Lunatic asylums Central Provinces reports 1910-1926 - 1910-1926
Year: 1910
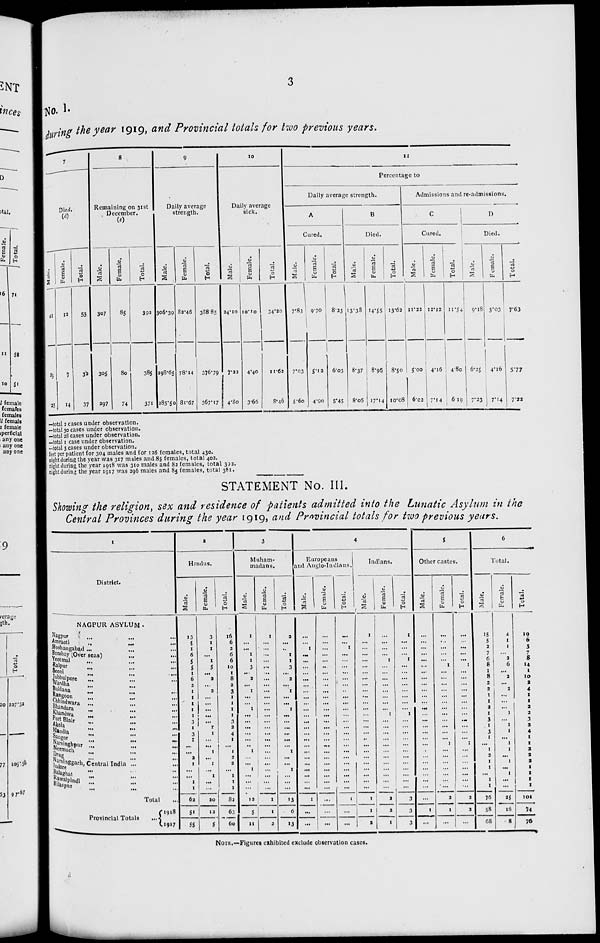
3
No. I.
during the year 1919, and Provincial totals for two previous years.
7
Died.
(d)
Male.
41
25
25
Female.
12
7
14
Total.
53
32
37
8
Remaining on 31st
December.
(e)
Male.
307
305
297
Female.
85
80
74
Total.
392
385
371
9
Daily average
strength.
Male.
306.39
298.65
285.50
Female.
82.46
78.14
81.67
Total.
388.85
376.79
367.17
10
Daily average
sick.
Male.
24.10
7.22
4.80
Female.
10.10
4.40
3.66
Total.
34.20
11.62
8.46
11
Percentage to
Daily average strength.
A
Cured.
Male.
7.83
7.03
5.60
Female.
9.70
5.12
4.90
Total.
8.23
6.03
5.45
B
Died.
Male.
13.38
8.37
8.06
Female.
14.55
8.96
17.14
Total.
13.62
8.50
10.08
Admissions and re-admissions.
C
Cured.
Male.
11.22
5.00
6.02
Female.
12.12
4.16
7.14
Total.
11.54
4.80
6.19
D
Died.
Male.
9.18
6.25
7.23
Female.
3.03
4.16
7.14
Total.
7.63
5.77
7.22
—total 2 cases under observation.
—total 30 cases under observation.
—total 28 cases under observation.
—total 1 case under observation.
—total 3 cases under observation.
feet per patient for 304 males and for 126 females, total 430.
night during the year was 317 males and 85 females, total 402.
night during the year 1918 was 310 males and 82 females, total 392.
night during the year 1917 was 296 males and 85 females, total 381.
STATEMENT No. III.
Showing the religion, sex and residence of patients admitted into the Lunatic Asylum in the
Central Provinces during the year 1919, and Provincial totals for two previous years.
1
District.
NAGPUR ASYLUM .
Nagpur ... ... ...
Amraoti ... ... ...
Hoshangabad ... ... ...
Bombay (Over seas) ... ...
Yeotmal ... ... ...
Raipur ... ... ...
Seoni ... ... ...
Jubbulpore ... ... ...
Wardha ... ... ...
Buldana ... ... ...
Rangoon ... ... ...
Chhindwara ... ... ...
Bhandara ... ... ...
Khandwa ... ... ...
Port Blair ... ... ...
Akola ... ... ...
Mandla ... ... ...
Sauger ... ... ...
Narsinghpur ... ... ...
Neemuch ... ... ...
Drug ... ... ...
Narsinggarh, Central India ... ...
Indore ... ... ...
Balaghat ... ... ...
Rawalpindi
... ... ...
Bilaspur ... ... ...
Total ...
Provincial Totals
...
1918
1917
2
Hindus.
Male.
13
5
1
6
5
5
1
6
2
1
1
1
1
1
3
1
3
1
...
...
2
1
...
...
1
1
62
51
55
Female.
3
1
1
...
1
5
...
2
...
2
...
...
...
...
...
1
1
...
...
1
...
1
...
1
...
...
20
12
5
Total.
16
6
2
6
6
10
1
8
2
3
1
1
1
1
3
2
4
1
...
1
2
2
...
1
1
1
82
63
60
3
Muham-
madans.
Male.
1
...
...
1
1
3
...
2
...
1
...
...
1
...
...
...
...
...
...
1
...
...
1
...
...
...
12
5
11
Female.
1
...
...
...
...
...
...
...
...
...
...
...
...
...
...
...
...
...
...
...
...
...
...
...
...
...
1
1
2
Total.
2
...
...
1
1
3
...
2
...
1
...
...
1
...
...
...
...
...
...
1
...
...
1
...
...
...
13
6
13
4
Europeans
and Anglo-Indians.
Male.
...
...
1
...
...
...
...
...
...
...
...
...
...
...
...
...
...
...
...
...
...
...
...
...
...
...
1
...
...
Female.
...
...
...
...
...
...
...
...
...
...
...
...
...
...
...
...
...
...
...
...
...
...
...
...
...
...
...
...
...
Total.
...
...
1
...
...
...
...
...
...
...
...
...
...
...
...
...
...
...
...
...
...
...
...
...
...
...
1
...
...
Indians.
Male.
1
...
...
...
...
...
...
...
...
...
...
...
...
...
...
...
...
..
...
...
...
...
...
...
...
...
1
1
2
Female.
...
...
...
...
1
...
...
...
...
...
...
...
...
1
...
...
...
...
...
...
...
...
...
...
...
...
2
2
1
Total.
1
...
...
...
1
...
...
...
...
...
...
...
...
1
...
...
...
...
...
...
...
...
...
...
...
...
3
3
3
5
Other castes.
Male.
...
...
...
...
...
...
...
...
...
...
...
...
...
...
...
...
...
...
...
...
...
...
...
...
...
...
...
1
...
Female.
...
...
...
...
...
1
...
...
...
...
...
...
...
...
...
...
...
...
1
...
...
...
...
...
...
...
2
1
...
Total.
...
...
...
...
...
1
...
...
...
...
...
...
...
...
...
...
...
...
1
...
...
...
...
...
...
...
2
2
...
6
Total.
Male.
15
5
2
7
6
8
1
8
2
2
1
1
2
1
3
1
3
1
...
1
2
1
1
...
1
1
76
58
68
Female.
4
1
1
...
2
6
...
2
...
2
...
...
...
1
...
1
1
...
1
1
...
1
...
1
...
...
25
16
8
Total.
19
6
3
7
8
14
1
10
2
4
1
1
2
2
3
2
4
1
1
2
2
2
1
1
1
1
101
74
76
NOTE.—Figures exhibited exclude observation cases.